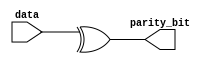
module parity_generator(
	input  [7:0] data,
	output       parity_bit
);
	
	assign parity_bit = ^data;
	
endmodule